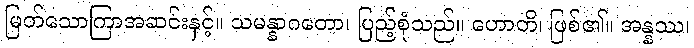
မြတ်သောကြာအဆင်းနှင့်။ သမန္နာဂတော၊ ပြည့်စုံသည်။ ဟောတိ၊ ဖြစ်၏။ အန္နဿ၊